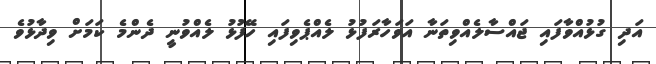
އަދި ގުޅުއްވާފައި ޖައްސާލެއްވިތަނާ އަވަހާރަފުޅު ލެއްޕެވިފައި ހޭފުޅު ލެއްވުނީ ދެންމެ ކަމަށް ވިދާޅުވެ